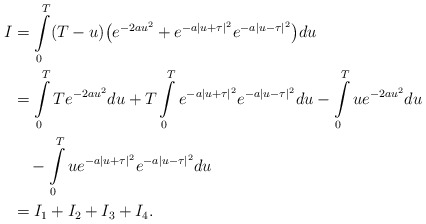
\begin{align*}I &{}=\int\limits_0^{T}(T-u) \bigl(e^{-2au^2}+e^{-a| u+\tau|^2}e^{-a|u-\tau|^2}\bigr)du\\ &{}=\int\limits_0^{T}Te^{-2au^2}du +T\int\limits_0^{T}e^{-a| u+\tau|^2}e^{-a| u-\tau|^2}du-\int\limits_0^{T}ue^{-2au^2}du\\ &\quad{}-\int\limits_0^{T}ue^{-a| u+\tau|^2}e^{-a| u-\tau|^2}du\\ &{}=I_1+I_2+I_3+I_4.\end{align*}